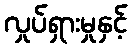
လှုပ်ရှားမှုနှင့်